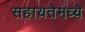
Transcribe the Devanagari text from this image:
सहायतेमध्ये